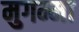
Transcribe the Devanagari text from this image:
मुगम्मा